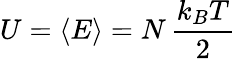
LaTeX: U=\langle E\rangle=N\, {\frac{k_{B}T}{2}}